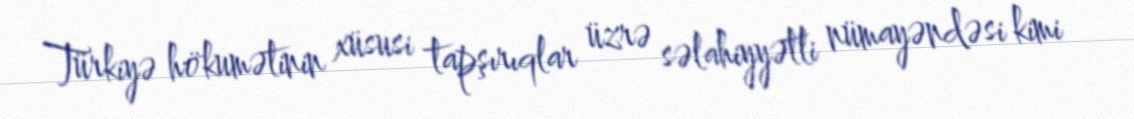
Türkiyə hökumətinin xüsusi tapşırıqlar üzrə səlahiyyətli nümayəndəsi kimi